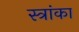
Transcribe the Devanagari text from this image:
स्त्रांका